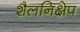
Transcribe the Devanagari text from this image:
शैलनिक्षेप